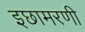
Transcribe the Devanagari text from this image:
इछामरणी